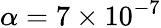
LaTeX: \alpha=7\times 10^{-7}